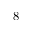
8